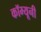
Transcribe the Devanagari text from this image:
कॉम्यूनी